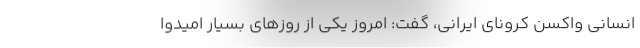
انسانی واکسن کرونای ایرانی، گفت: امروز یکی از روزهای بسیار امیدوا